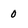
Character: 0